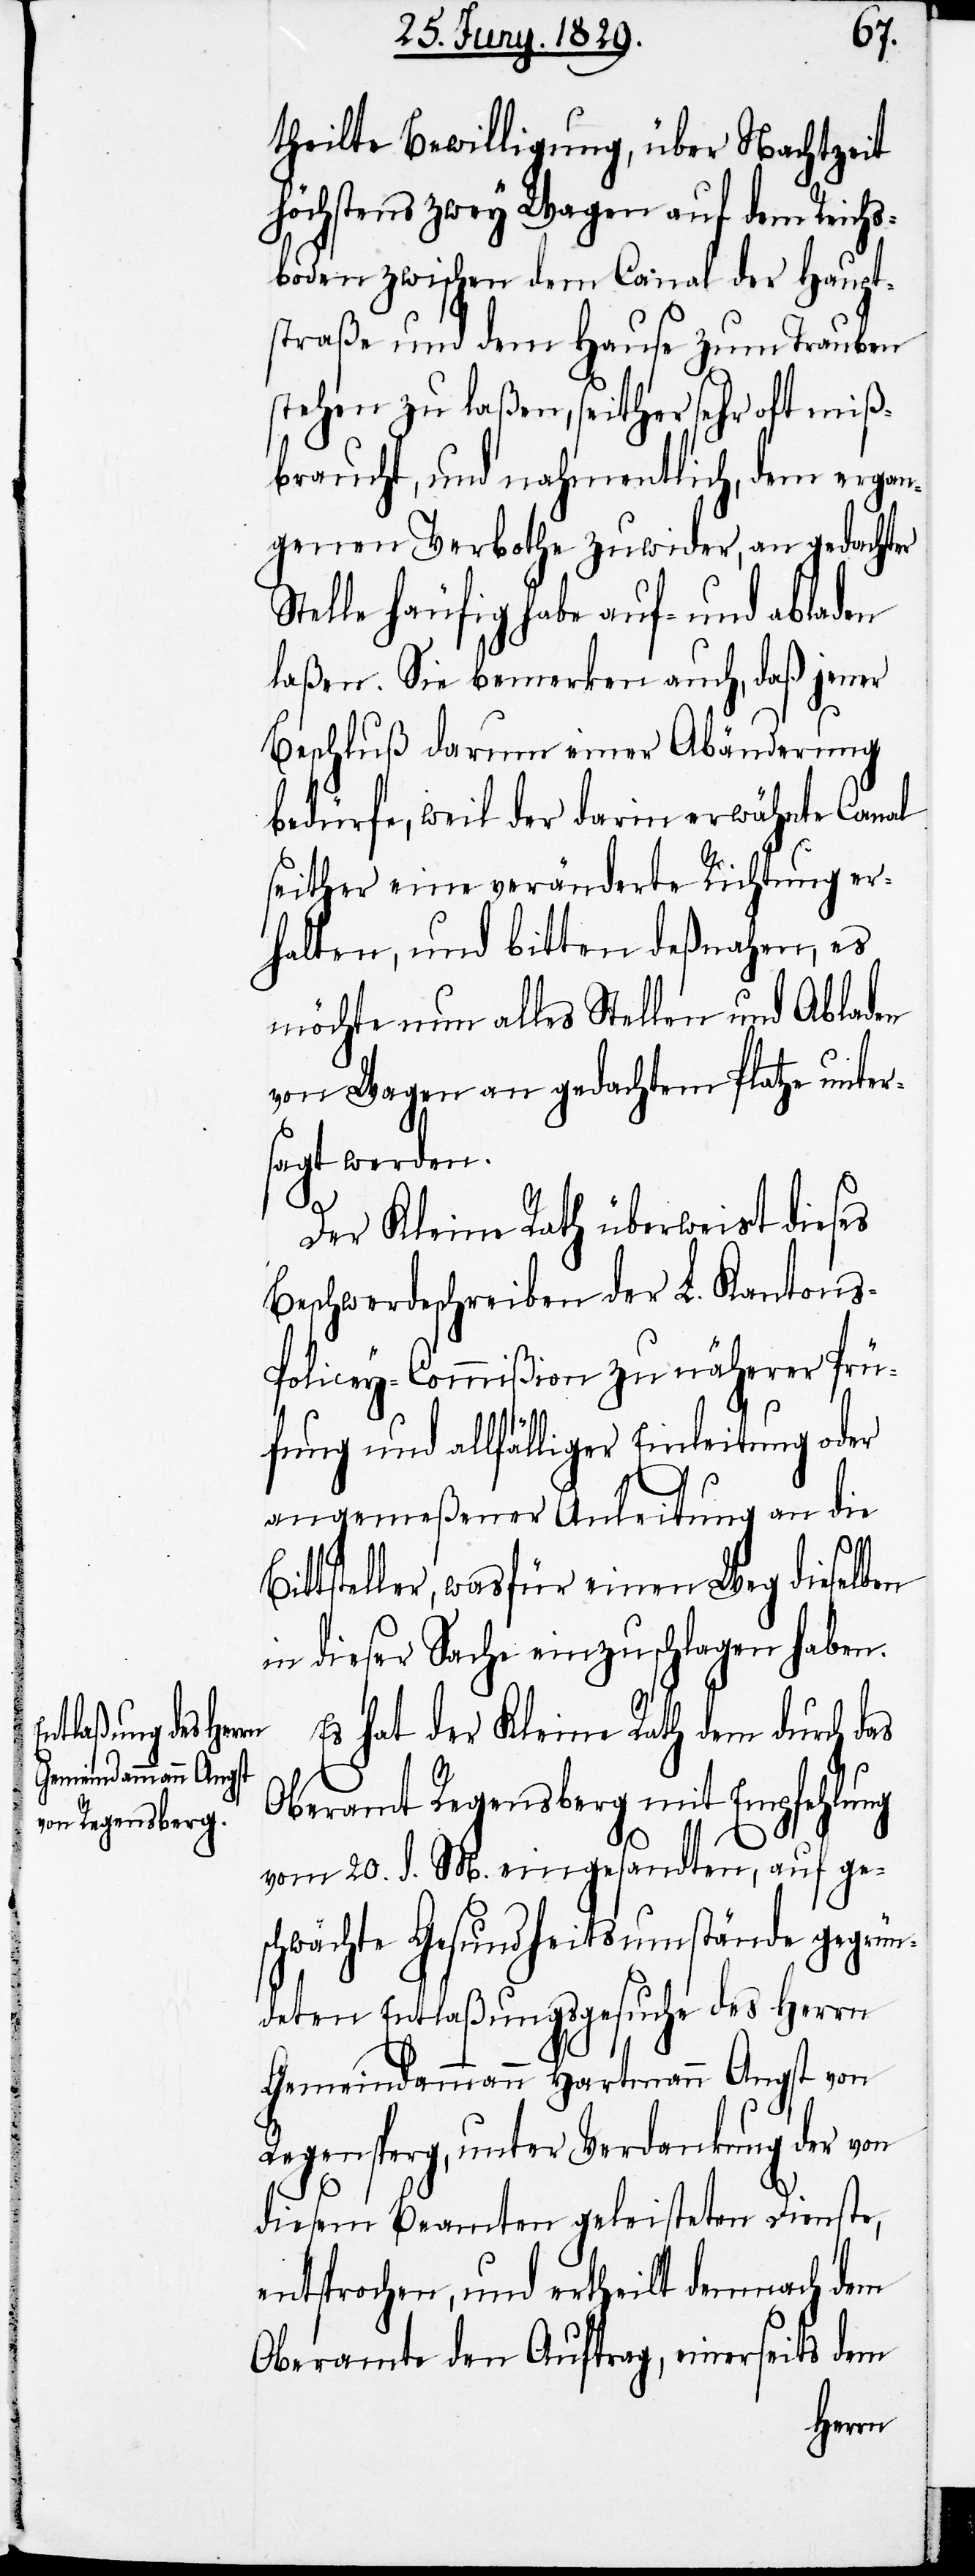
B¬
theilte Bewilligung, über Nachtzeit
höchstens zwey Wagen auf dem Reichs¬
boden zwischen dem Canal der Haupt¬
straße und dem Hause zum Trauben
stehen zu laßen, seither sehr oft miß¬
braucht, und nahmentlich, dem ergan¬
genen Verbothe zuwider, an gedachter
Stelle häufig habe auf- und abladen
laßen. Sie bemerken auch, daß jener
Beschluß darum einer Abänderung
bedürfe, weil der darin erwähnte Canal
seither eine veränderte Richtung er¬
halten, und bitten deßnahen, es
möchte nun alles Stellen und Abladen
von Wagen an gedachtem Platze unter¬
sagt werden.
Der Kleine Rath überweist dieses
Beschwerdeschreiben der L. Kantons-P¬
olicey-Commißion zu näherer Prü¬
fung und allfälliger Einleitung oder
angemeßener Anleitung an die
ittsteller, wasfür einen Weg dieselben
in dieser Sache einzuschlagen haben.
Es hat der Kleine Rath dem durch das
Oberamt Regensberg mit Empfehlung
vom 20. d. M. eingesandten, auf ge¬
schwächte Gesundheitsumstände gegrün¬
deten Entlaßungsgesuche des Herrn
Gemeindammann Hartmann Angst von
Regensperg, unter Verdankung der von
diesem Beamten geleisteten Dienste,
entsprochen, und ertheilt demnach dem
Oberamte den Auftrag, einerseits dem